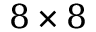
8 \times 8